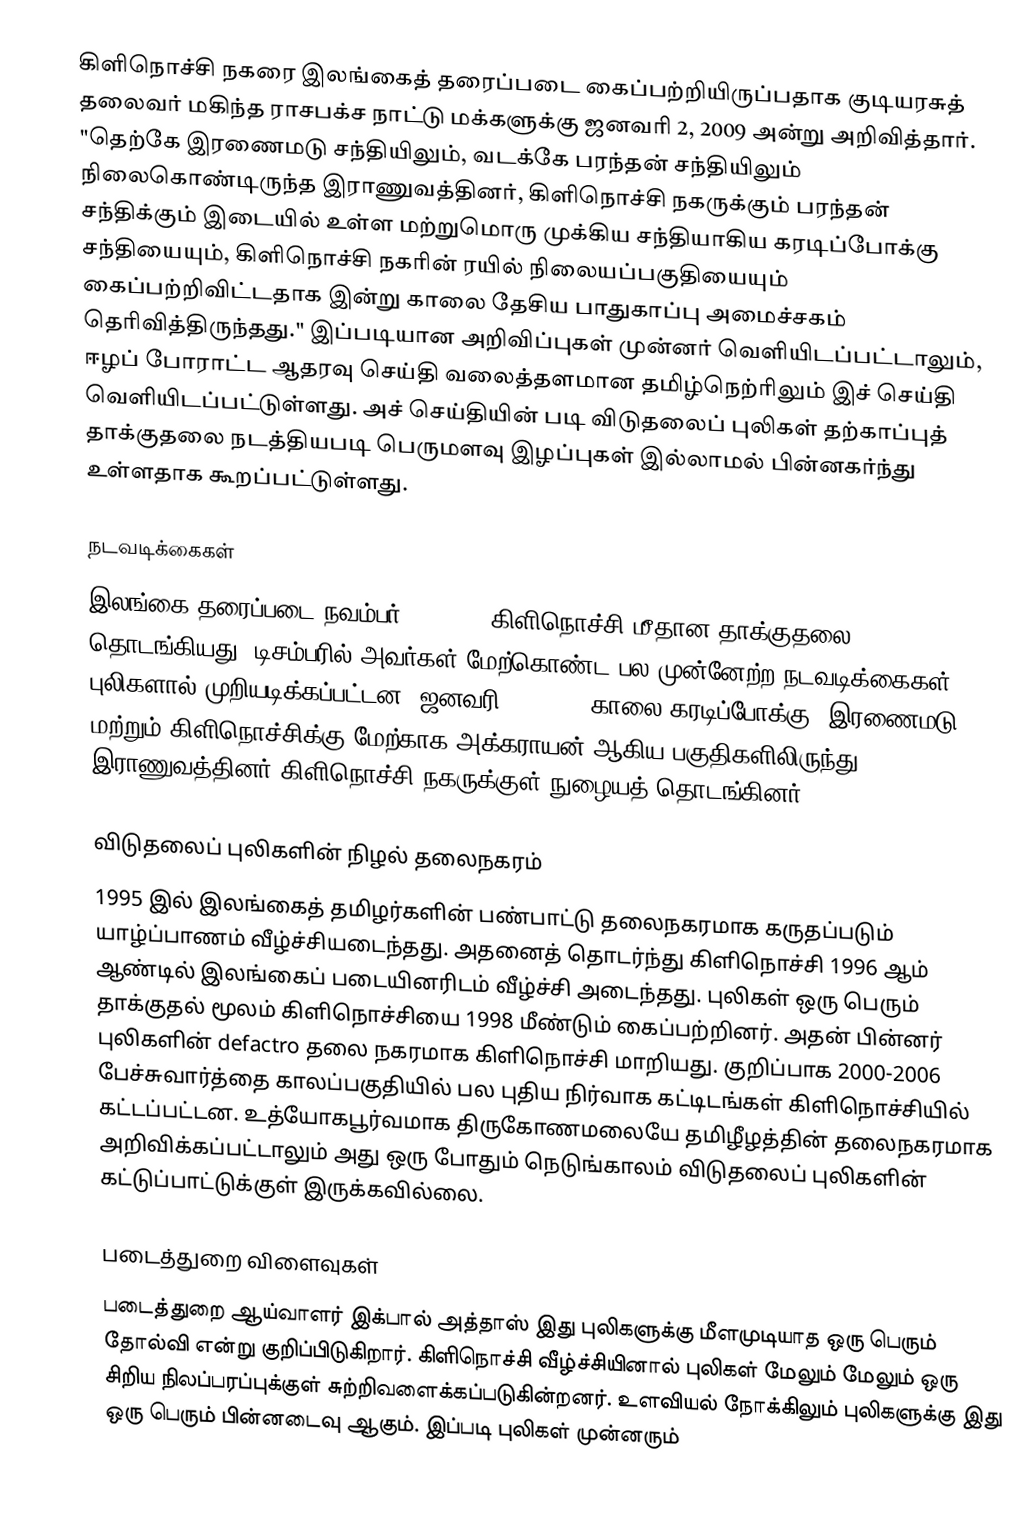
கிளிநொச்சி நகரை இலங்கைத் தரைப்படை கைப்பற்றியிருப்பதாக குடியரசுத் தலைவர் மகிந்த ராசபக்ச நாட்டு மக்களுக்கு ஜனவரி 2, 2009 அன்று அறிவித்தார்.  "தெற்கே இரணைமடு சந்தியிலும், வடக்கே பரந்தன் சந்தியிலும் நிலைகொண்டிருந்த இராணுவத்தினர், கிளிநொச்சி நகருக்கும் பரந்தன் சந்திக்கும் இடையில் உள்ள மற்றுமொரு முக்கிய சந்தியாகிய கரடிப்போக்கு சந்தியையும், கிளிநொச்சி நகரின் ரயில் நிலையப்பகுதியையும் கைப்பற்றிவிட்டதாக இன்று காலை தேசிய பாதுகாப்பு அமைச்சகம் தெரிவித்திருந்தது." இப்படியான அறிவிப்புகள் முன்னர் வெளியிடப்பட்டாலும், ஈழப் போராட்ட ஆதரவு செய்தி வலைத்தளமான தமிழ்நெற்ரிலும் இச் செய்தி வெளியிடப்பட்டுள்ளது.  அச் செய்தியின் படி விடுதலைப் புலிகள் தற்காப்புத் தாக்குதலை நடத்தியபடி பெருமளவு இழப்புகள் இல்லாமல் பின்னகர்ந்து உள்ளதாக கூறப்பட்டுள்ளது.

நடவடிக்கைகள்
இலங்கை தரைப்படை நவம்பர் 23, 2008 கிளிநொச்சி மீதான தாக்குதலை தொடங்கியது. டிசம்பரில் அவர்கள் மேற்கொண்ட பல முன்னேற்ற நடவடிக்கைகள் புலிகளால் முறியடிக்கப்பட்டன.  ஜனவரி 2, 2009 "காலை கரடிப்போக்கு, இரணைமடு மற்றும் கிளிநொச்சிக்கு மேற்காக அக்கராயன் ஆகிய பகுதிகளிலிருந்து இராணுவத்தினர் கிளிநொச்சி நகருக்குள் நுழையத் தொடங்கினர்."

விடுதலைப் புலிகளின் நிழல் தலைநகரம்
1995 இல் இலங்கைத் தமிழர்களின் பண்பாட்டு தலைநகரமாக கருதப்படும் யாழ்ப்பாணம் வீழ்ச்சியடைந்தது.    அதனைத் தொடர்ந்து கிளிநொச்சி 1996 ஆம் ஆண்டில் இலங்கைப் படையினரிடம் வீழ்ச்சி அடைந்தது.  புலிகள் ஒரு பெரும் தாக்குதல் மூலம் கிளிநொச்சியை 1998 மீண்டும் கைப்பற்றினர்.  அதன் பின்னர் புலிகளின் defactro தலை நகரமாக கிளிநொச்சி மாறியது.  குறிப்பாக 2000-2006 பேச்சுவார்த்தை காலப்பகுதியில் பல புதிய நிர்வாக கட்டிடங்கள் கிளிநொச்சியில் கட்டப்பட்டன.  உத்யோகபூர்வமாக திருகோணமலையே தமிழீழத்தின் தலைநகரமாக அறிவிக்கப்பட்டாலும் அது ஒரு போதும் நெடுங்காலம் விடுதலைப் புலிகளின் கட்டுப்பாட்டுக்குள் இருக்கவில்லை.

படைத்துறை விளைவுகள்
படைத்துறை ஆய்வாளர் இக்பால் அத்தாஸ் இது புலிகளுக்கு மீளமுடியாத ஒரு பெரும் தோல்வி என்று குறிப்பிடுகிறார். கிளிநொச்சி வீழ்ச்சியினால் புலிகள் மேலும் மேலும் ஒரு சிறிய நிலப்பரப்புக்குள் சுற்றிவளைக்கப்படுகின்றனர்.  உளவியல் நோக்கிலும் புலிகளுக்கு இது ஒரு பெரும் பின்னடைவு ஆகும்.  இப்படி புலிகள் முன்னரும்